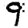
Digit: 9